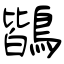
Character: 鶛